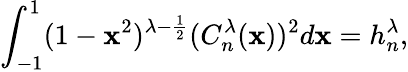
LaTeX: \int_{-1}^{1}(1-\mathbf{x}^{2})^{\lambda-\frac{{1}}{{2}}}(C_{n}^{\lambda}(\mathbf{x}))^{2}d\mathbf{x}=h_{n}^{\lambda},